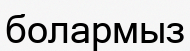
болармыз